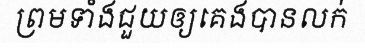
ព្រមទាំងជួយឲ្យគេងបានលក់